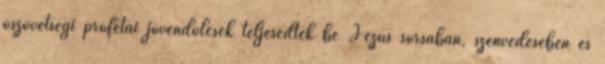
ószövetségi prófétai jövendölések teljesedtek be Jézus sorsában, szenvedésében és